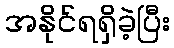
အနိုင်ရရှိခဲ့ပြီး